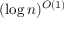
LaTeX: ( \log n ) ^ { O ( 1 ) }